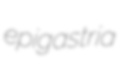
epigastria